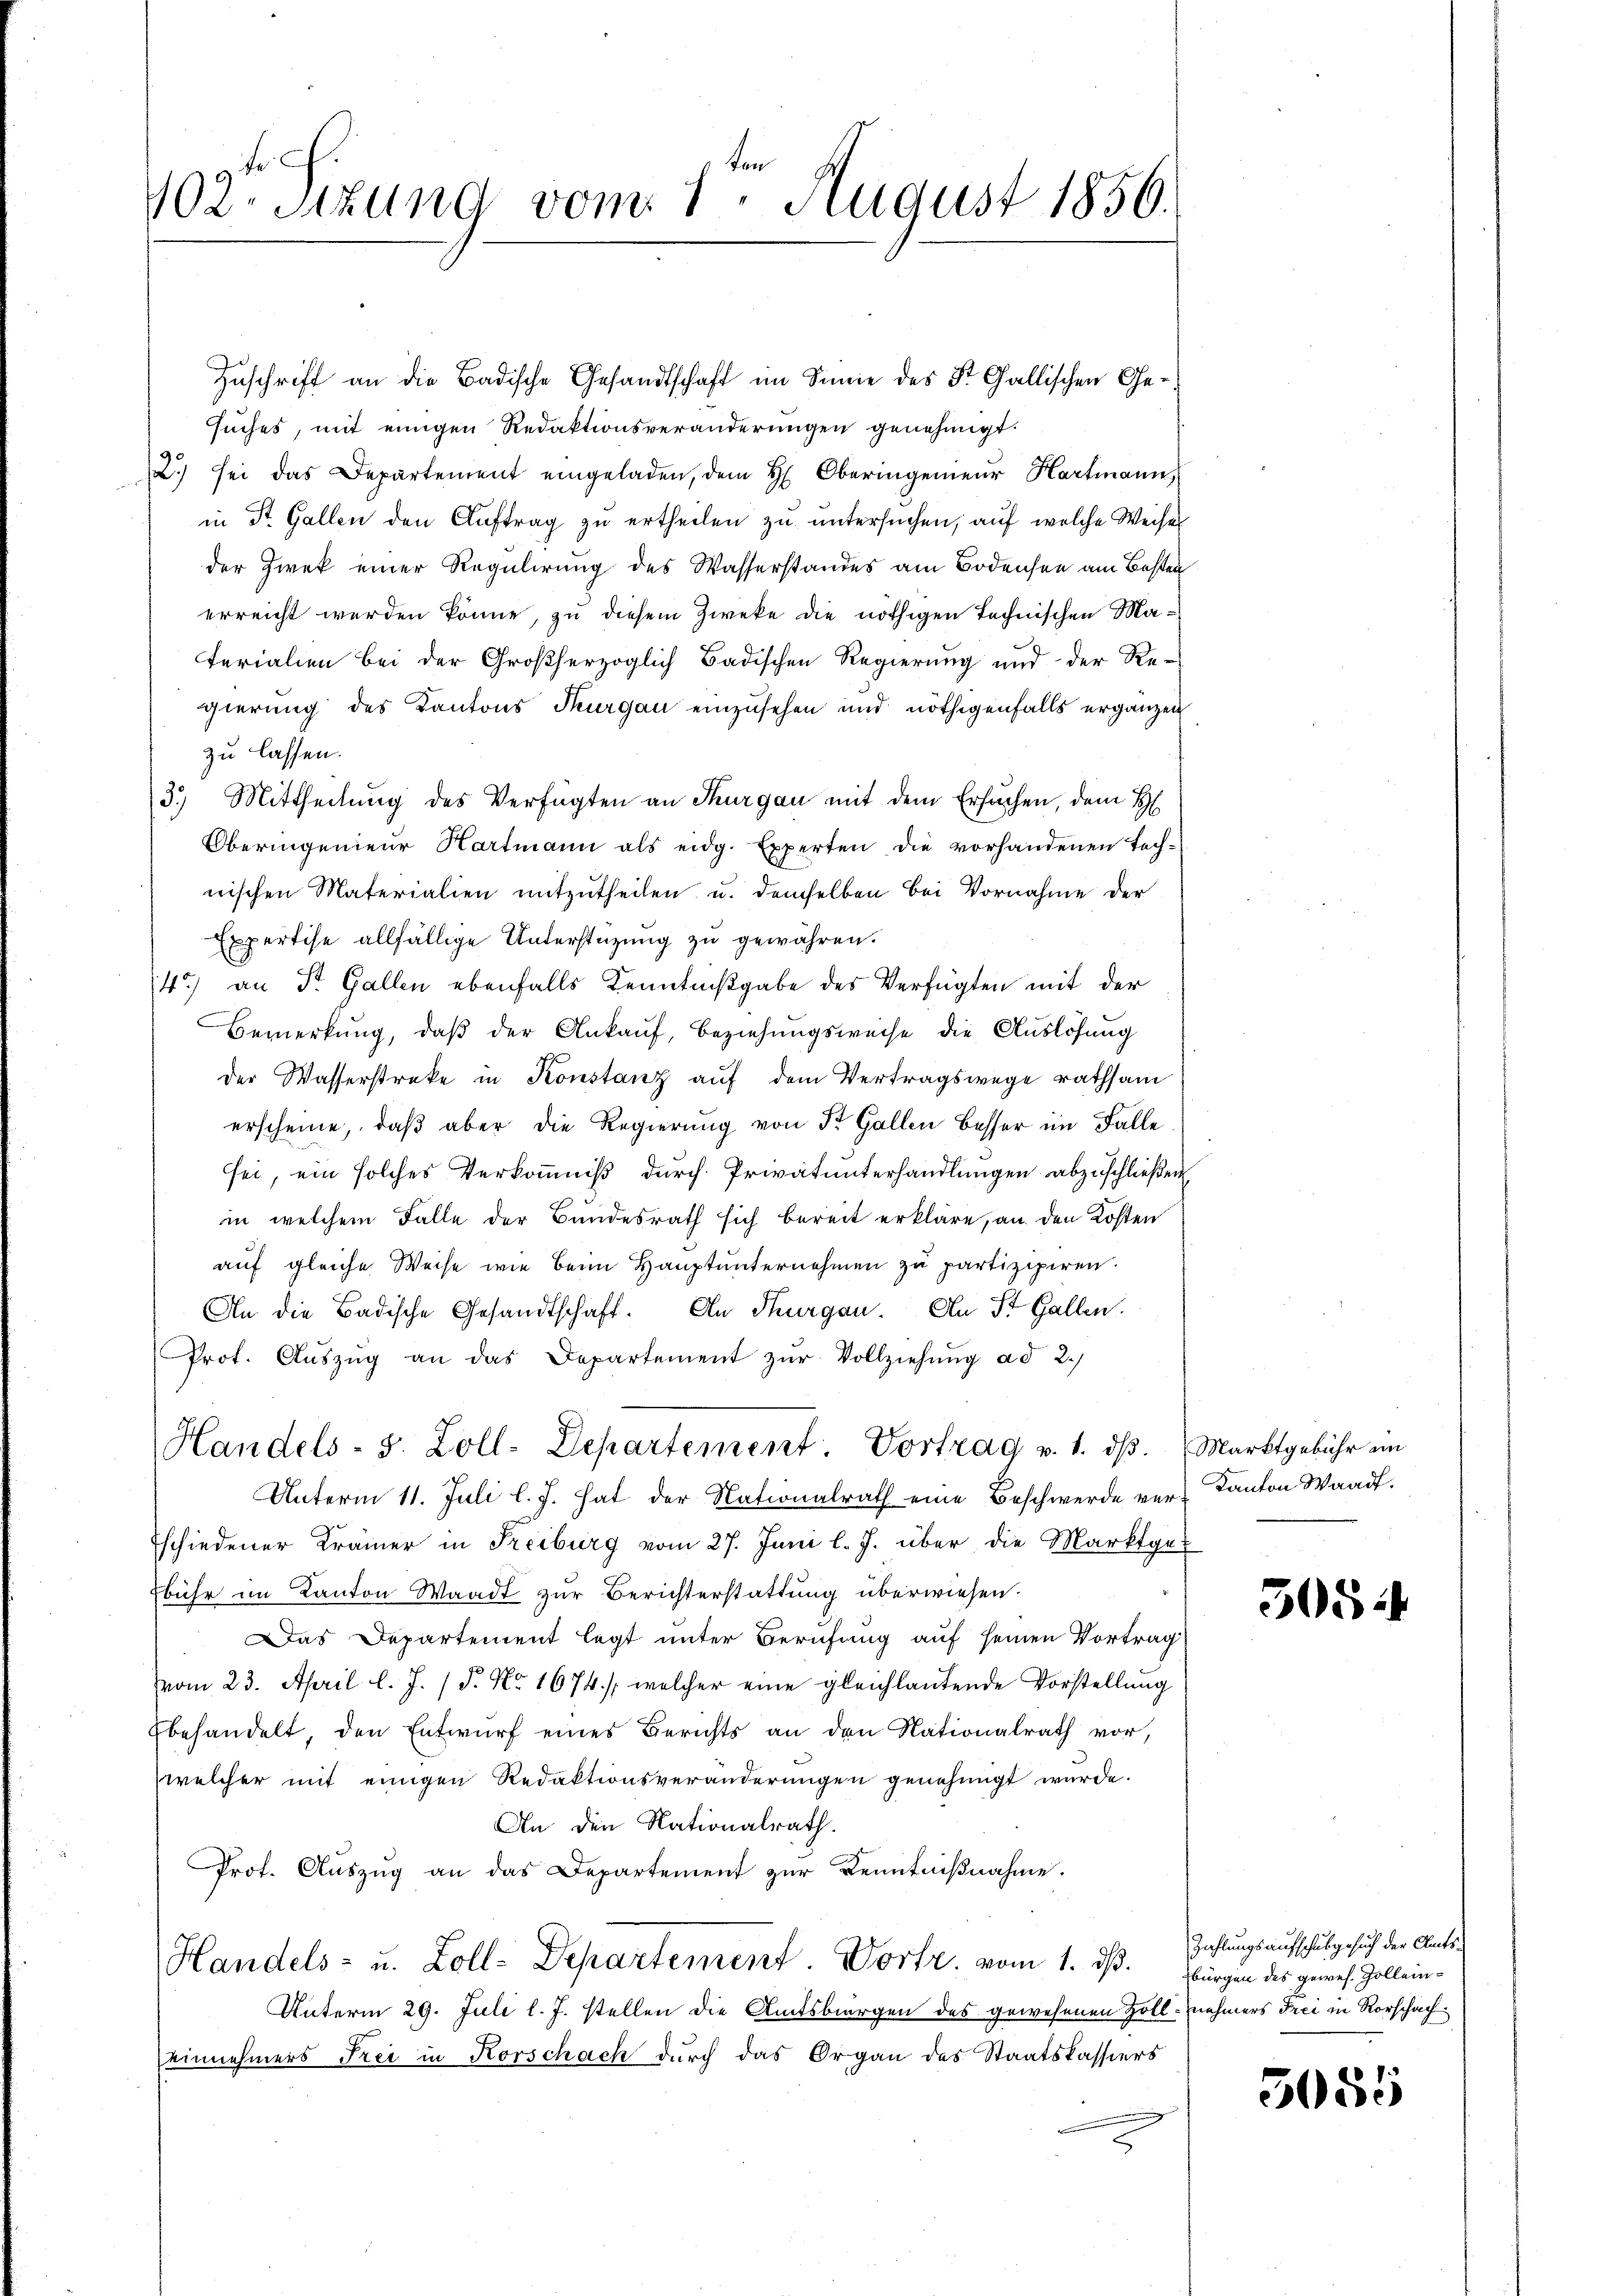
fr. f.
102. Sitzung vom 1. August 1856.

Zuschrift an die Badische Gesandtschaft im Sinne des St. Gallischen Gesuches, mit einigen Redaktionsveränderungen genehmigt.
90
.) sei das Departement eingeladen, dem H. Oberingenieŭr Hartmann,
in St. Gallen den Auftrag zu ertheilen zu untersuchen, auf welche Weise
der Zwek einer Regulirung des Wasserstandes am Bodensee am Besten
erreicht werden könne, zu diesem Zweke die nöthigen technischen Ma¬
Ferialien bei der Großherzoglich Badischen Regierung und der Re-
gierung des Kantons Thurgau einzusehen und nöthigenfalls ergänzen
zu lassen.
3.) Mittheilung des Verfügten an Thurgau mit dem Ersuchen, dem H
Oberingenieŭr Hartmann als eidg. Experten die vorhandenen Tech-
nischen Materialien mitzutheilen u. demselben bei Vornahme der
Expertise allfällige Unterstüzung zu gewähren.
4) an St. Gallen ebenfalls Kenntnißgabe des Verfügten mit der
Bemerkung, daß der Ankauf, Beziehungsweise die Auslösung
der Wasserstreke in Konstanz auf dem Vertragswege rathsam
erscheine, daß aber die Regierung von St. Gallen besser im Falle
sei, ein solches Verkommniß durch Privatunterhandlungen abzuschließen
in welchem Falle der Bundesrath sich bereit erkläre, an den Kosten
auf gleiche Weise wie beim Hauptunternehmen zu partizipiren.
An die Badische Gesandtschaft. An Thurgau. An St. Gallen.
Prot. Aŭszŭg an das Departement zŭr Vollziehŭng ad 2.)
Handels-S. Zoll-Departement Vortrag v. 1. dβ. Marktgebühr an
Unterm 11. Juli l. J. hat der Nationalrath eine Beschwerde ver¬
Eschiedener Krämer in Freiburg vom 27. Juni l. J. über die Marktgebühr im Kanton Waadt zur Berichterstattung überwiesen.
Das Departement legt unter Berufung auf seinen Vortrag
vom 23. April l. J. (T. No. 1674 /: welcher eine gleichlautende Vorstellung
Ebehandelt, den Entwurf eines Berichts an den Nationalrath vor,
welcher mit einigen Redaktionsveränderungen genehmigt wurde.
An den Nationalrath.
Prot. Auszug an das Departement zur Kenntnißnahme.
Handels- u. Zoll-Departement. Vortr. vom 1. dβ. bürgen des gewes. Zollein-
Unterm 29. Juli l. J. stellen die Amtsbürgen des gewesenen Zoll-nehmers drei in Rorschach
einnehmers Frei in Korschach durch das Organ des Staatskassiers

Kanton Waadt.

505:

Zahlungsaufschulgesuch der Amts-

5085